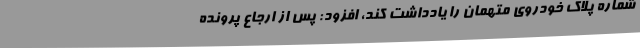
شماره پلاک خودروی متهمان را یادداشت کند، افزود: پس از ارجاع پرونده